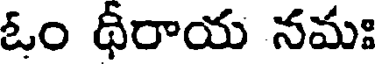
ఓం థీరాయ నమః